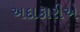
અદાકારીએ